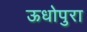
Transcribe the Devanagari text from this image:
ऊधोपुरा